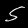
Label: 5